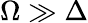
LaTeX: \Omega\gg\Delta